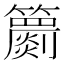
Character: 𥷙